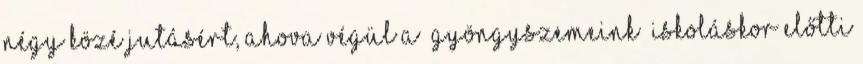
négy közé jutásért, ahova végül a “Gyöngyszemeink” Iskoláskor Előtti